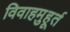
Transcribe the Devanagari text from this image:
विवाहमुहूर्त